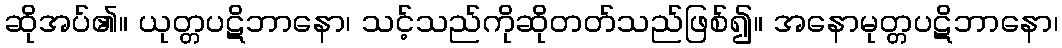
ဆိုအပ်၏။ ယုတ္တပဋိဘာနော၊ သင့်သည်ကိုဆိုတတ်သည်ဖြစ်၍။ အနောမုတ္တပဋိဘာနော၊